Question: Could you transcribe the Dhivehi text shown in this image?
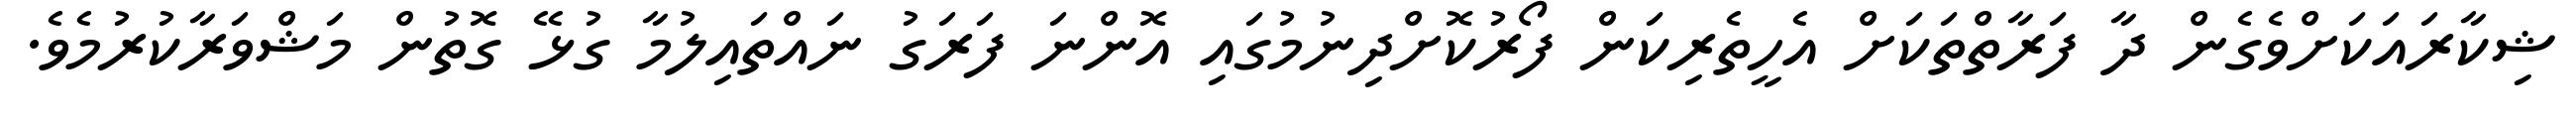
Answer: ޝިކާރައަކަށްވެގެން ދާ ފަރާތްތަކަށް އެހީތެރިކަން ފޯރުކޮށްދިނުމުގައި އޮންނަ ފަރަގު ނައްތައިލުމާ ގުޅޭ ގޮތުން މަޝްވަރާކުރުމެވެ.